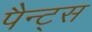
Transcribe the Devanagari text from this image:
पैन्ट्स